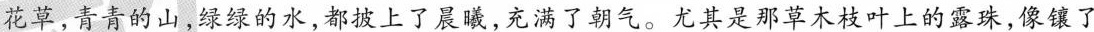
花草，青青的山，绿绿的水，都披上了晨曦，充满了朝气。尤其是那草木枝叶上的露珠，像镶了